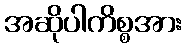
အဆိုပါကိစ္စအား